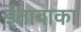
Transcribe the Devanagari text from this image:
ईताबाका